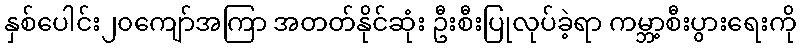
နှစ်ပေါင်း၂၀ကျော်အကြာ အတတ်နိုင်ဆုံး ဦးစီးပြုလုပ်ခဲ့ရာ ကမ္ဘာ့စီးပွားရေးကို